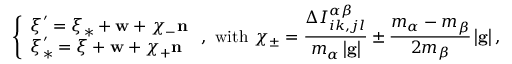
\left\{ \begin{array} { l } { \boldsymbol { \xi } ^ { \prime } = \boldsymbol { \xi } _ { \ast } + \mathbf { w } + \chi _ { - } \mathbf { n } } \\ { \boldsymbol { \xi } _ { \ast } ^ { \prime } = \boldsymbol { \xi } + \mathbf { w } + \chi _ { + } \mathbf { n } } \end{array} \right. \mathrm { , ~ w i t h ~ } \chi _ { \pm } = \frac { \Delta I _ { i k , j l } ^ { \alpha \beta } } { m _ { \alpha } \left\vert \mathbf { g } \right\vert } \pm \frac { m _ { \alpha } - m _ { \beta } } { 2 m _ { \beta } } \left\vert \mathbf { g } \right\vert \mathrm { , }